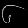
Digit: ၆